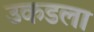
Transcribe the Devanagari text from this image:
उकडला